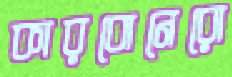
কারবোনেরো